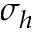
\sigma _ { h }